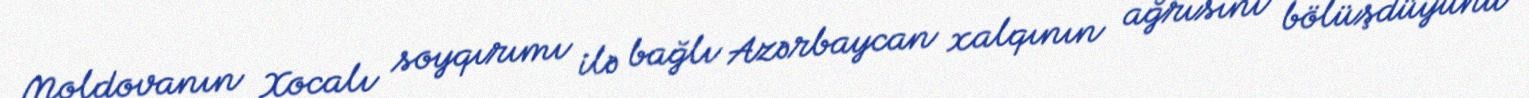
Moldovanın Xocalı soyqırımı ilə bağlı Azərbaycan xalqının ağrısını bölüşdüyünü